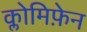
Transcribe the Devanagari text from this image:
क्लोमिफ़ेन